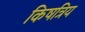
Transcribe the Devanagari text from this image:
किषत्रिय